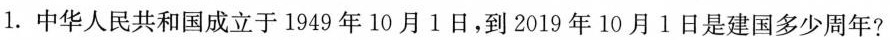
1.中华人民共和国成立于1949年10月1日，到2019年10月l日是建国多少周年?